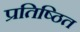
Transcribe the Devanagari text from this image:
प्रतिष्ठित